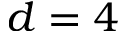
d = 4